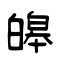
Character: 皞